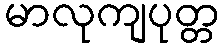
မာလုကျပုတ္တ